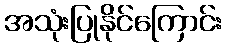
အသုံးပြုနိုင်ကြောင်း